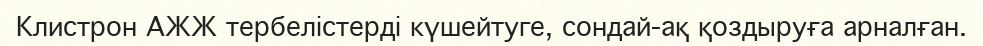
Клистрон АЖЖ тербелістерді күшейтуге, сондай-ақ қоздыруға арналған.